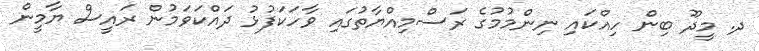
ދ. މީދޫ ބިން ހިއްކައި ނިންމުމުގެ ރަސްމިއްޔާތުގައި ވާހަކަފުޅު ދައްކަވަމުން ރައީސް ޔާމީން